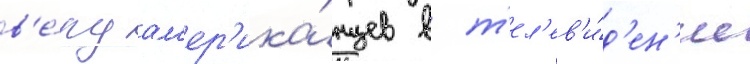
в'е́ру ам'ер'ика́нцев в т'ел'ев'и́д'ен'ие